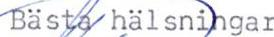
Bästa hälsningar